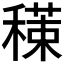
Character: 𥢇